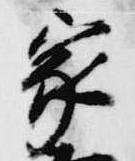
家